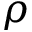
\rho